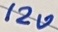
Text: 120